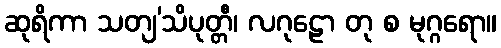
ဆုရိကာ သတျ’သိပုတ္တီ၊ လဂုဠော တု စ မုဂ္ဂရော။